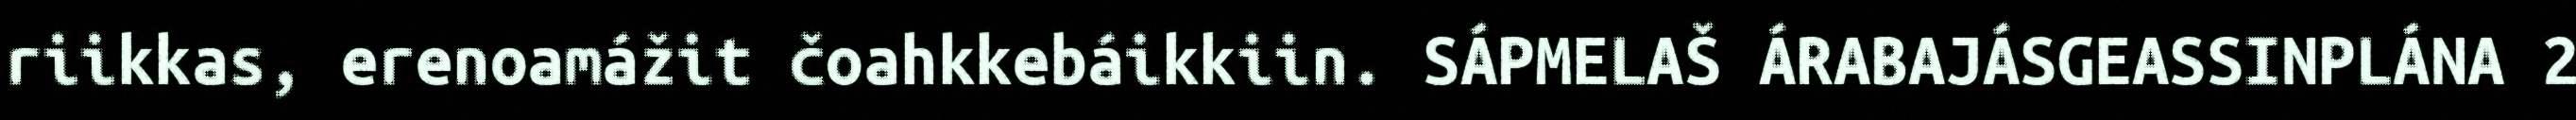
riikkas, erenoamážit čoahkkebáikkiin. SÁPMELAŠ ÁRABAJÁSGEASSINPLÁNA 2